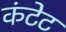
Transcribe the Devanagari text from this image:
कंटेट